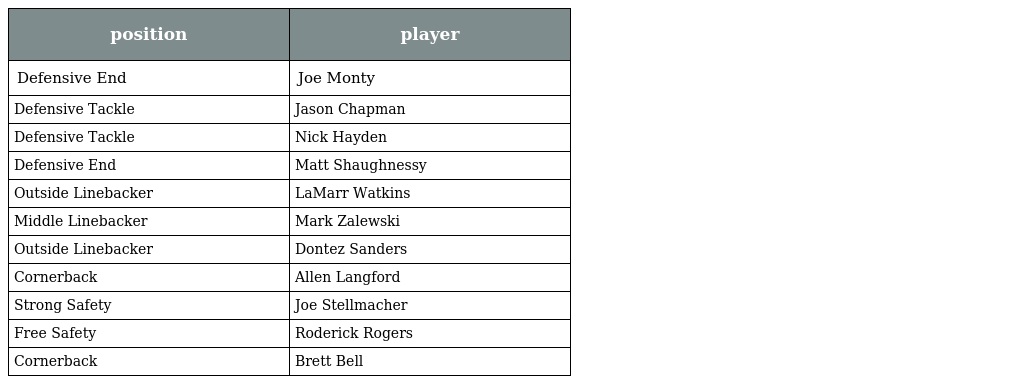
| position | player |
 | --- | --- |
 | Defensive End | Joe Monty |
 | Defensive Tackle | Jason Chapman |
 | Defensive Tackle | Nick Hayden |
 | Defensive End | Matt Shaughnessy |
 | Outside Linebacker | LaMarr Watkins |
 | Middle Linebacker | Mark Zalewski |
 | Outside Linebacker | Dontez Sanders |
 | Cornerback | Allen Langford |
 | Strong Safety | Joe Stellmacher |
 | Free Safety | Roderick Rogers |
 | Cornerback | Brett Bell |